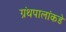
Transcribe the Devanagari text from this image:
ग्रंथपालांकडे